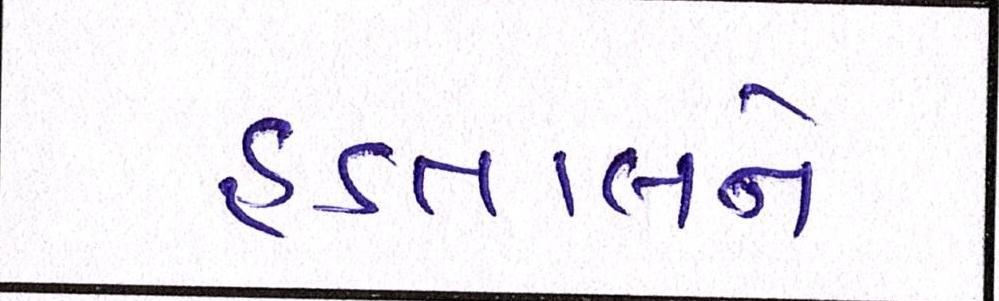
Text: હડતાલને